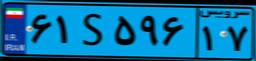
۷۳S۰۱۸۵۶